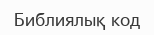
Библиялық код